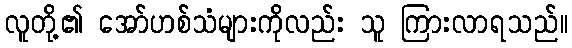
လူတို့၏ အော်ဟစ်သံများကိုလည်း သူ ကြားလာရသည်။